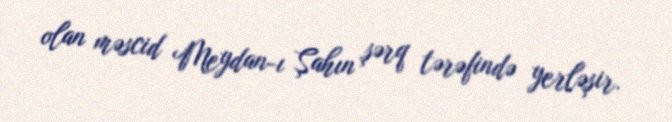
olan məscid Meydan-ı Şahın şərq tərəfində yerləşir.